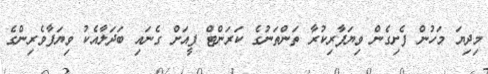
މިދިޔަ މަހުން ފެށިގެން ވިޔަފާރިކުރާ ތަންތަނުގެ ކަރަންޓް ފީއަށް ގެނައި ބަދަލާއެކު ވިޔަފާވެރިންގެ